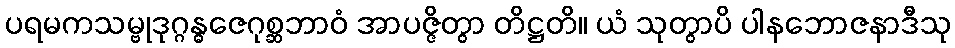
ပရမကသမ္ဗုဒုဂ္ဂန္ဓဇေဂုစ္ဆဘာဝံ အာပဇ္ဇိတွာ တိဋ္ဌတိ။ ယံ သုတွာပိ ပါနဘောဇနာဒီသု